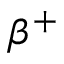
\beta ^ { + }